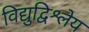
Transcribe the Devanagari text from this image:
विद्युद्विश्लेय